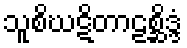
သူစိဃဋိတာဠစ္ဆိဒ္ဒံ